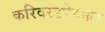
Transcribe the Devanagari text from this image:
करिवरडपेरुमल